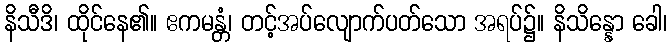
နိသီဒိ၊ ထိုင်နေ၏။ ဧကမန္တံ၊ တင့်အပ်လျောက်ပတ်သော အရပ်၌။ နိသိန္နော ခေါ၊